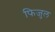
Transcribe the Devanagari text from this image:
फिजुल